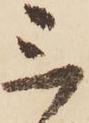
三